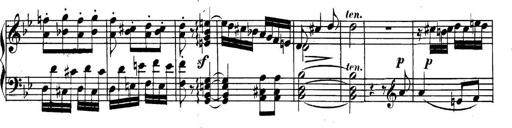
Title: Collected Piano Sonatas
Composer: Muzio Clementi